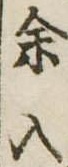
余入